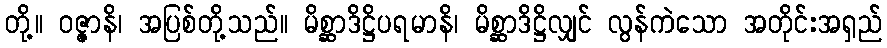
တို့။ ဝဇ္ဇာနိ၊ အပြစ်တို့သည်။ မိစ္ဆာဒိဋ္ဌိပရမာနိ၊ မိစ္ဆာဒိဋ္ဌိလျှင် လွန်ကဲသော အတိုင်းအရှည်